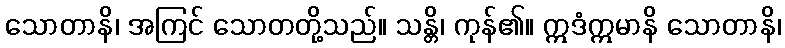
သောတာနိ၊ အကြင် သောတတို့သည်။ သန္တိ၊ ကုန်၏။ ဣဒံဣမာနိ သောတာနိ၊